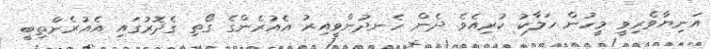
އަނިޔާވެރިވީ މީހުން ހަލާކު ކުރިއެވެ. ދެން ހެނދުންވީއިރު އެއުރެންގެ ގޯތި ގެދޮރުގައި އެއުރެންތިބީ